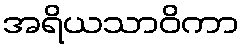
အရိယသာဝိကာ